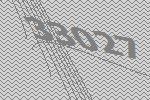
33027